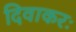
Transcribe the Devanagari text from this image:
दिवाकरः